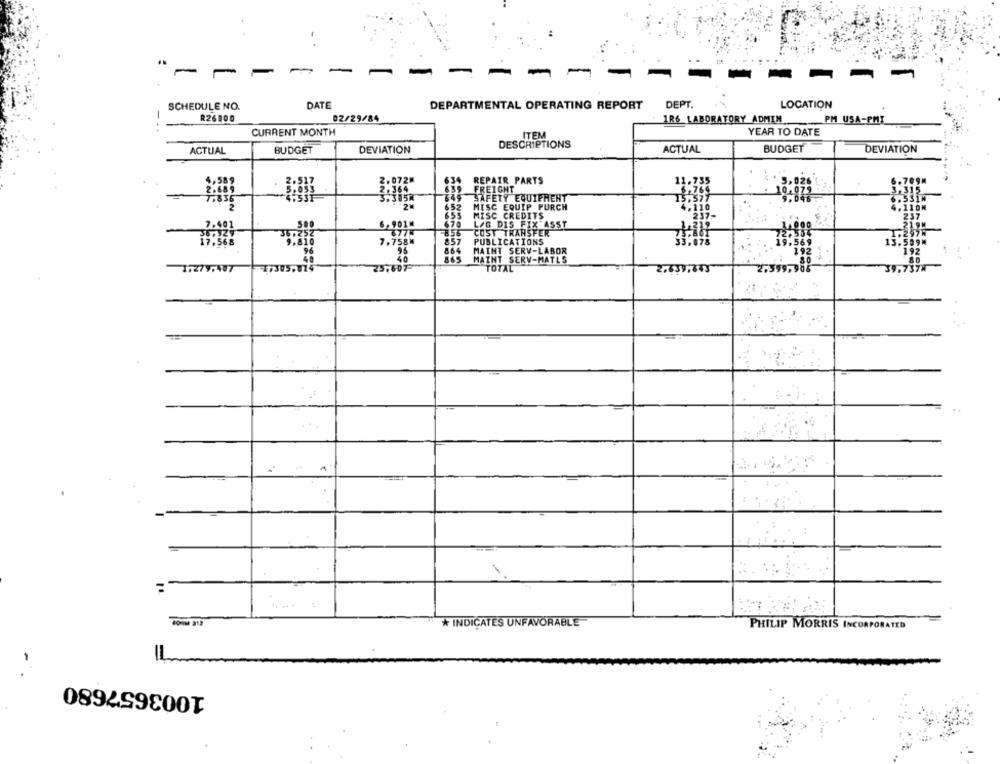
..
-
SCHEDULE NO.
DATE
DEPARTMENTAL OPERATING REPORT
DEPT.
LOCATION
R26800
02/29/84
1R6 LABORATORY ADMIN
PM USA-PMI
CURRENT MONTH
ITEM
YEAR TO DATE
DESCRIPTIONS
ACTUAL
BUDGET
DEVIATION
ACTUAL
BUDGET
DEVIATION
2.072
REPAIR PARTS
11.735
6.709M
FREIGHT
SAFETY EQUIPMENT
652
MESC EQUIP PURCH
655
MISC CREDITS
4.116
37-
6,901
670
L/G DIS FIX ASST
-856
COST TRANSFER
57
PUBLICATIONS
53.078
864
MAINT SERV-LABOR
MAINT SERV-MATLS
TOTAL
2.39,908
39.737
1.279.487
77305.014
2.639,343
A
* INDICATES UNFAVORABLE
PHILIP MORRIS INCORPORATED
-
1003657680